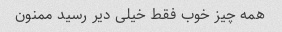
همه چیز خوب فقط خیلی دیر رسید ممنون